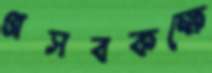
প্রসবকক্ষে